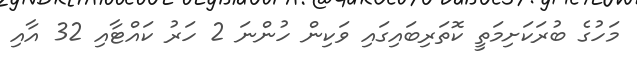
މަހުގެ ބުރަކަށިމަތީ ކޮތަރިބައިގައި ވަކިން ހުންނަ 2 ހަރު ކައްޓާއި 32 އާއި